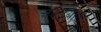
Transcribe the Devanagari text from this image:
चेरुइयोट